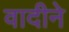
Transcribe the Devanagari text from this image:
वादीने